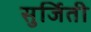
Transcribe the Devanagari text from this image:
सुर्जिती